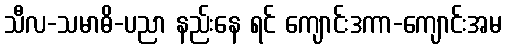
သီလ-သမာဓိ-ပညာ နည်းနေ ရင် ကျောင်းဒကာ-ကျောင်းအမ